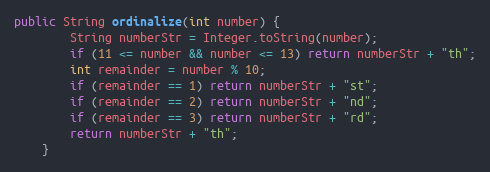
Language: Java
public String ordinalize(int number) {
        String numberStr = Integer.toString(number);
        if (11 <= number && number <= 13) return numberStr + "th";
        int remainder = number % 10;
        if (remainder == 1) return numberStr + "st";
        if (remainder == 2) return numberStr + "nd";
        if (remainder == 3) return numberStr + "rd";
        return numberStr + "th";
    }